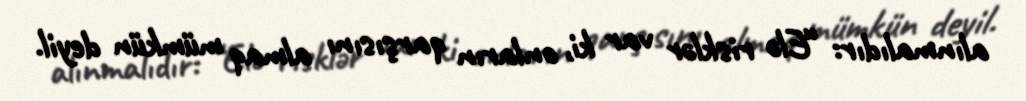
alınmalıdır: “Elə risklər var ki, onların qarşısını almaq mümkün deyil.